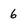
Character: 6